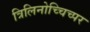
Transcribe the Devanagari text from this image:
त्रिलिनोच्चिच्पर